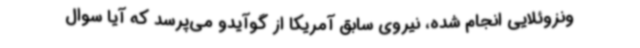
ونزوئلایی انجام شده، نیروی سابق آمریکا از گوآیدو می‌پرسد که آیا سوال